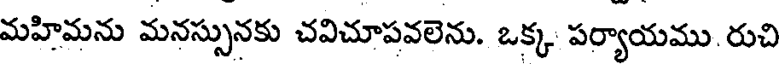
మహిమను మనస్సునకు చవిచూపవలెను. ఒక్క పర్యాయము రుచి